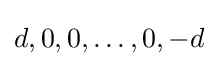
d,0,0,\dots ,0,-d